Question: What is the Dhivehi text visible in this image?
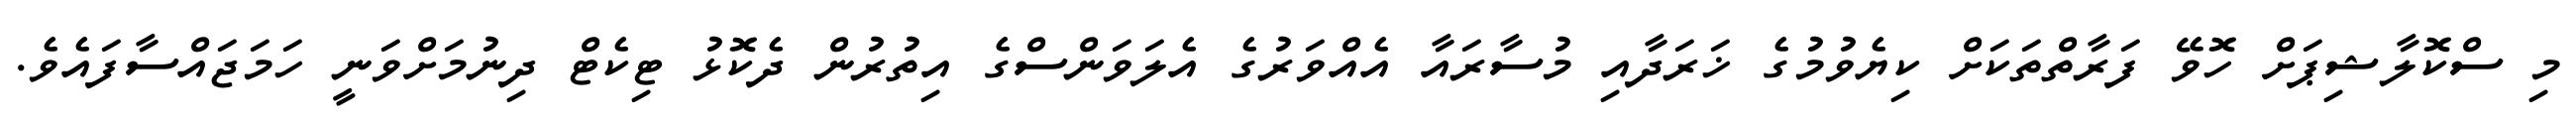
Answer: މި ސްކޮލާޝިޕަށް ހޮވޭ ފަރާތްތަކަށް ކިޔެވުމުގެ ޚަރަދާއި މުސާރައާ އެއްވަރުގެ އެލަވަންސްގެ އިތުރުން ދެކޮޅު ޓިކެޓް ދިނުމަށްވަނީ ހަމަޖައްސާފައެވެ.